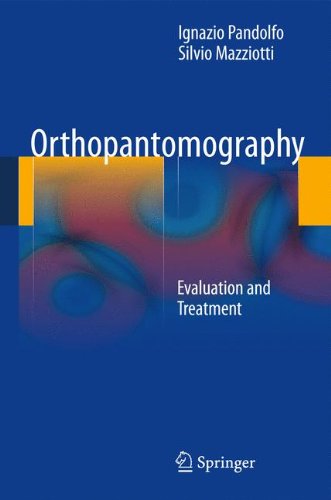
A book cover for Orthopantomography; Ignazio Pandolfo; Medical Books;